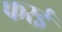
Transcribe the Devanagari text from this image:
फरई